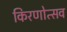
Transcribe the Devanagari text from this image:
किरणोत्सव